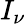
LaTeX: I_{\nu}